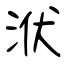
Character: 洑